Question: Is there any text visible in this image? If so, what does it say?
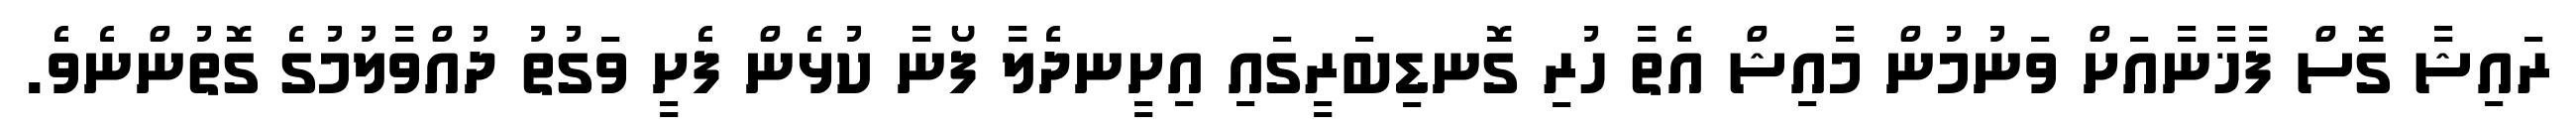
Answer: ރައިޝާ ގޮސް ފާޚާނާއަށް ވަނުމުން މާއިޝް އެތާ ހުރި ގޮނޑިބަރީގައި އިށީނދެލާ ފޯނާ ކުޅެން ފެށީ ވަގުތު ދުއްވާލުމުގެ ގޮތުންނެވެ.